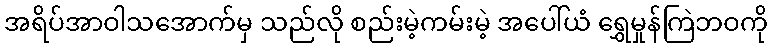
အရိပ်အာဝါသအောက်မှ သည်လို စည်းမဲ့ကမ်းမဲ့ အပေါ်ယံ ရွှေမှုန်ကြဲဘဝကို